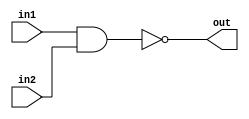
`timescale 1ns / 1ps
//////////////////////////////////////////////////////////////////////////////////
// Company: 
// Engineer: 
// 
// Design Name: 
// Module Name:    NAND 
// Project Name: 
// Target Devices: 
// Tool versions: 
// Description: 
//
// Dependencies: 
//
// Revision: 
// Revision 0.01 - File Created
// Additional Comments: 
//
//////////////////////////////////////////////////////////////////////////////////
module NAND(in1,in2,out
    );
	input in1,in2;
	output out;
	assign out=~(in1&in2);


endmodule